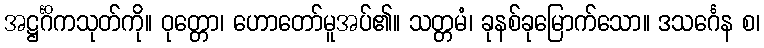
အဋ္ဌင်္ဂိကသုတ်ကို။ ဝုတ္တော၊ ဟောတော်မူအပ်၏။ သတ္တမံ၊ ခုနစ်ခုမြောက်သော။ ဒသင်္ဂေန စ၊